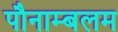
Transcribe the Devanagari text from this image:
पौनाम्बलम